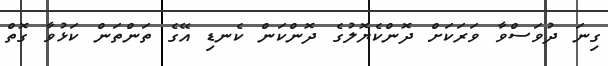
ގިނަ ދުވަސްވާ ވަރަކަށް ދޮންކެޔޮލުގެ ދޮންކަން ކެނޑި އޭގެ ތަންތަން ކަޅުވާ ގޮތް